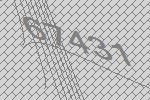
67431